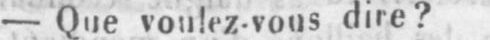
- Que voulez-vous dire?